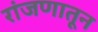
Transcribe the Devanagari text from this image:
रांजणातून